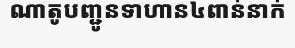
ណាតូបញ្ជូនទាហាន៤ពាន់នាក់